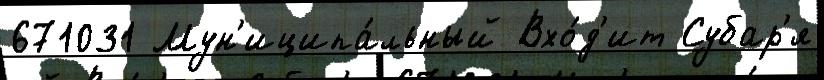
671031 Мун'иципа́льный Вхо́д'ит Субар'я